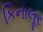
કિનાલૂર